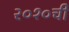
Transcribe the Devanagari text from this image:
२०१०ची